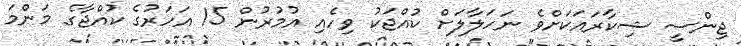
ޖިންސީ ޝިކާރައަކަށްވެ ނަހަލާލަށް ކުއްޖަކު ވިހެއި އުމުރުން 15 އަހަރުގެ ކުއްޖާގެ މަންމަ